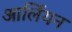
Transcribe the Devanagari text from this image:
आर्लियन